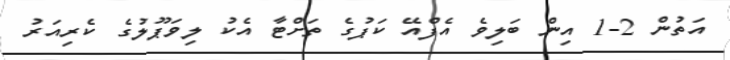
އަތުން 2-1 އިން ބަލިވެ އެފްއޭ ކަޕުގެ ތަށްޓާ އެކު ލިވަޕޫލުގެ ކެރިއަރު